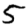
Digit: 5